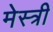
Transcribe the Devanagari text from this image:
मेस्‍त्री